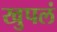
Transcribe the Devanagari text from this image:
खुपलं